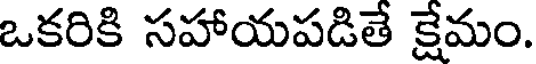
ఒకరికి సహాయపడితే క్షేమం.